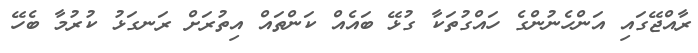
ރާއްޖޭގައި އަންހެނުންގެ ހައްގުތަކާ ގުޅޭ ބައެއް ކަންތައް އިތުރަށް ރަނގަޅު ކުރުމާ ބެހޭ